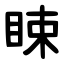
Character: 䀳